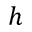
h